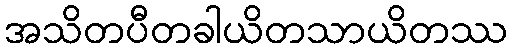
အသိတပီတခါယိတသာယိတဿ